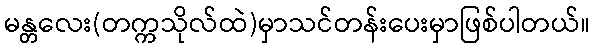
မန္တလေး(တက္ကသိုလ်ထဲ)မှာသင်တန်းပေးမှာဖြစ်ပါတယ်။